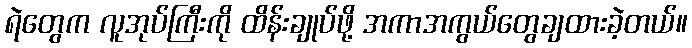
ရဲတွေက လူအုပ်ကြီးကို ထိန်းချုပ်ဖို့ အကာအကွယ်တွေချထားခဲ့တယ်။